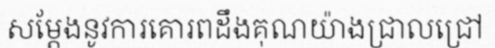
សម្តែងនូវការគោរពដឹងគុណយ៉ាងជ្រាលជ្រៅ